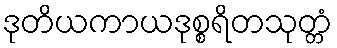
ဒုတိယကာယဒုစ္စရိတသုတ္တံ